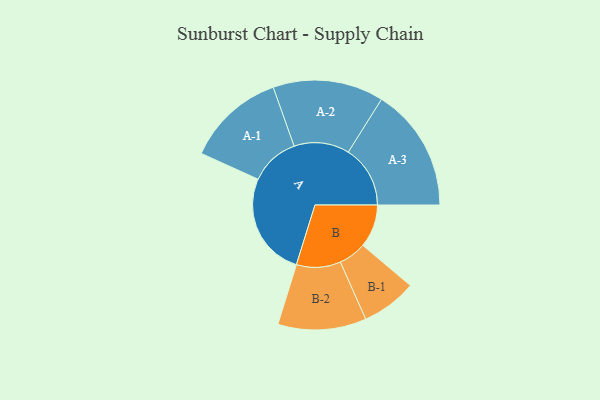
{"axis": {"x": "Segment", "y": "Value"}, "legend": ["", "A", "B"], "data": [{"x": "A", "y": 428, "type": ""}, {"x": "B", "y": 177, "type": ""}, {"x": "A-1", "y": 203, "type": "A"}, {"x": "A-2", "y": 228, "type": "A"}, {"x": "A-3", "y": 255, "type": "A"}, {"x": "B-1", "y": 114, "type": "B"}, {"x": "B-2", "y": 182, "type": "B"}]}